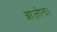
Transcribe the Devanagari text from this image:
ब्राज़ील।